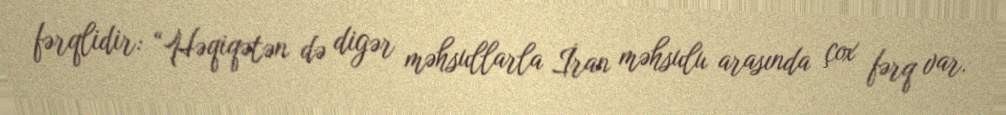
fərqlidir: “Həqiqətən də digər məhsullarla İran məhsulu arasında çox fərq var.